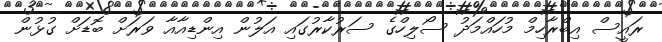
ރައީސް އިބްރާހިމް މުހައްމަދު ސޯލިހްގެ ސަރުކާރުގައި އަލުން އިންޑިއާއާ ވަރަށް ބޮޑަށް ގުޅުން